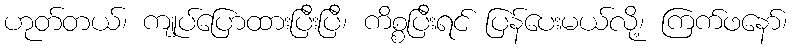
ဟုတ်တယ်၊ ကျုပ်ပြောထားပြီးပြီ၊ ကိစ္စပြီးရင် ပြန်ပေးမယ်လို့၊ ကြက်ဖနော်၊